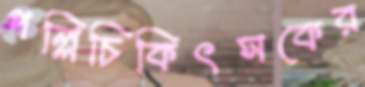
পল্লিচিকিৎসকের